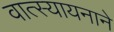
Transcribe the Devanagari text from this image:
वात्स्यायनाने